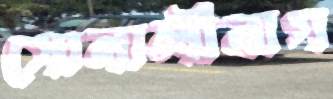
সোনালীবাগ